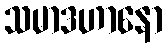
သမာဒဟာနော